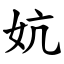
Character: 妔